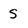
Character: S